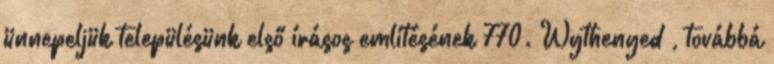
ünnepeljük településünk első írásos említésének 770. Wythenyed , továbbá